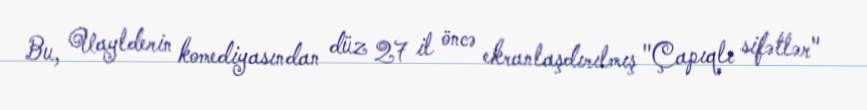
Bu, Uaylderin komediyasından düz 27 il öncə ekranlaşdırılmış "Çapıqlı sifətlər"